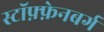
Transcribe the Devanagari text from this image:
स्टॉफ़्फ़ेनबर्ग